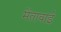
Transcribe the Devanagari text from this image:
मेंतावाई